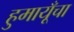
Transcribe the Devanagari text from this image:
हुमायूँचा